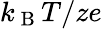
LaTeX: k_{\mathrm{~B~}}T/ze